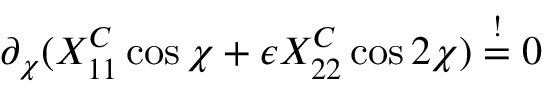
\partial _ { \chi } ( X _ { 1 1 } ^ { C } \cos \chi + \epsilon X _ { 2 2 } ^ { C } \cos 2 \chi ) \stackrel { ! } { = } 0